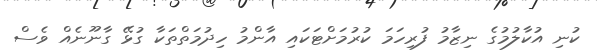
ކުނި އުކާލުމުގެ ނިޒާމު ފުރިހަމަ ކުރުމަށްޓަކައި އާންމު ހިދުމަތްތަކާ ގުޅޭ ގާނޫނެއް ވެސް